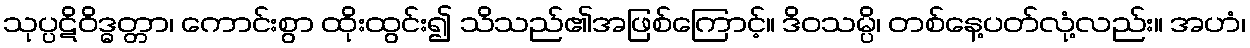
သုပ္ပဋိဝိဒ္ဓတ္တာ၊ ကောင်းစွာ ထိုးထွင်း၍ သိသည်၏အဖြစ်ကြောင့်။ ဒိဝသမ္ပိ၊ တစ်နေ့ပတ်လုံ့လည်း။ အဟံ၊